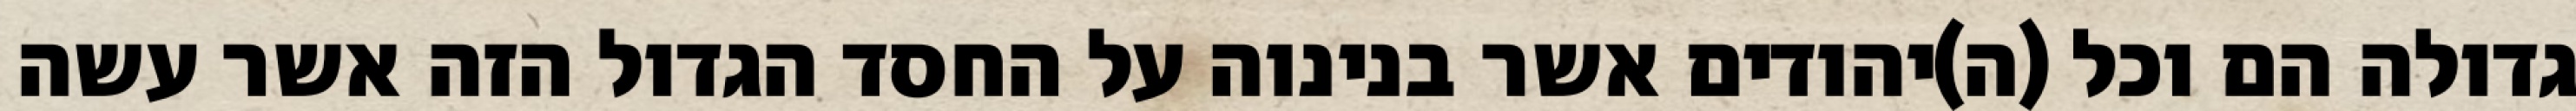
גדולה הם וכל (ה)יהודים אשר בנינוה על החסד הגדול הזה אשר עשה